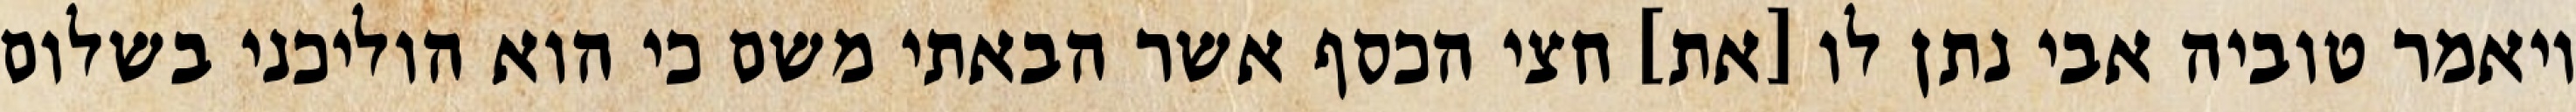
ויאמר טוביה אבי נתן לו [את] חצי הכסף אשר הבאתי משם כי הוא הוליכני בשלום